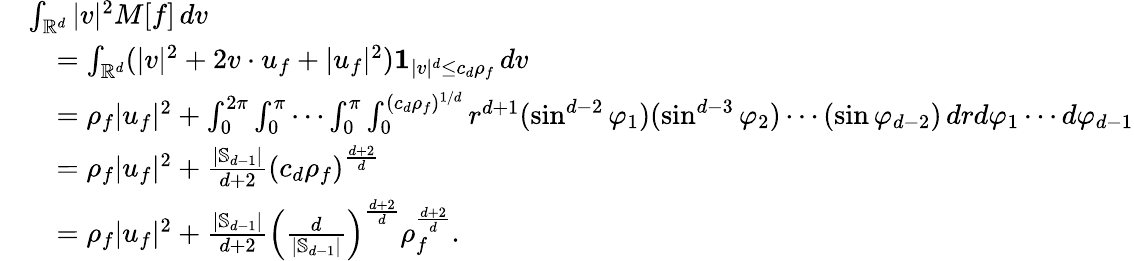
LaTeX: \begin{array}{rl}&{\int_{\mathbb{R}^{d}}|v|^{2}M[f]\, dv}\\ &{\quad=\int_{\mathbb{R}^{d}}(|v|^{2}+2v\cdot u_{f}+|u_{f}|^{2})\mathbf{1}_{|v|^{d}\le c_{d}\rho_{f}}\, dv}\\ &{\quad=\rho_{f}|u_{f}|^{2}+\int_{0}^{2\pi}\int_{0}^{\pi}\cdots\int_{0}^{\pi}\int_{0}^{(c_{d}\rho_{f})^{1/d}}r^{d+1}(\sin^{d-2}\varphi_{1})(\sin^{d-3}\varphi_{2})\cdots(\sin\varphi_{d-2})\, drd\varphi_{1}\cdots d\varphi_{d-1}}\\ &{\quad=\rho_{f}|u_{f}|^{2}+\frac{\left|\mathbb{S}_{d-1}\right|}{d+2}\left(c_{d}\rho_{f}\right)^{\frac{d+2}{d}}}\\ &{\quad=\rho_{f}|u_{f}|^{2}+\frac{\left|\mathbb{S}_{d-1}\right|}{d+2}\left(\frac{d}{\left|\mathbb{S}_{d-1}\right|}\right)^{\frac{d+2}{d}}\rho_{f}^{\frac{d+2}{d}}.}\end{array}